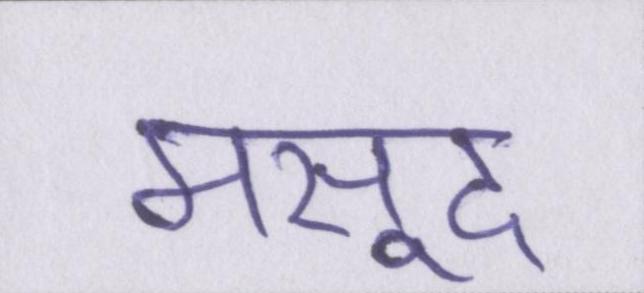
मसूद